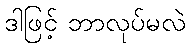
ဒါဖြင့် ဘာလုပ်မလဲ